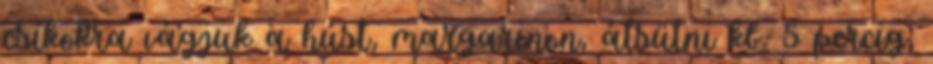
csíkokra vágjuk a húst, margarinon, átsütni kb. 5 percig,